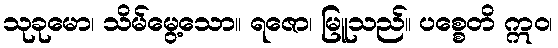
သုခုမော၊ သိမ်မွေ့သော။ ရဇော၊ မြူသည်။ ပစ္စေတိ ဣဝ၊